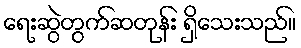
ရေးဆွဲတွက်ဆတုန်း ရှိသေးသည်။